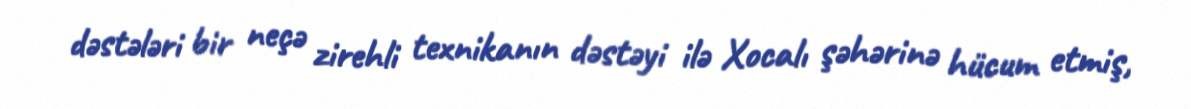
dəstələri bir neçə zirehli texnikanın dəstəyi ilə Xocalı şəhərinə hücum etmiş,